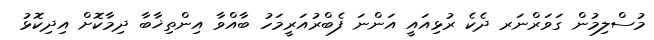
މުސްލިމުން ގަވަރްނަރ ދެކެ ރުޅިއައީ އަންނަ ފެބްރުއަރީމަހު ބާއްވާ އިންތިޚާބާ ދިމާކޮށް އިދިކޮޅު